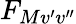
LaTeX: F_{Mv^{\prime}v^{\prime\prime}}